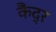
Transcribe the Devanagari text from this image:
कैंद्र